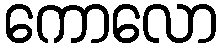
ကောလော